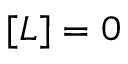
[ L ] = 0